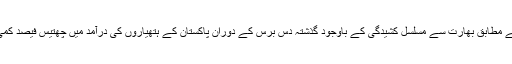
سیمون کے مطابق بھارت سے مسلسل کشیدگی کے باوجود گذشتہ دس برس کے دوران پاکستان کے ہتھیاروں کی درآمد میں چھتیس فیصد کمی آئی ہے۔